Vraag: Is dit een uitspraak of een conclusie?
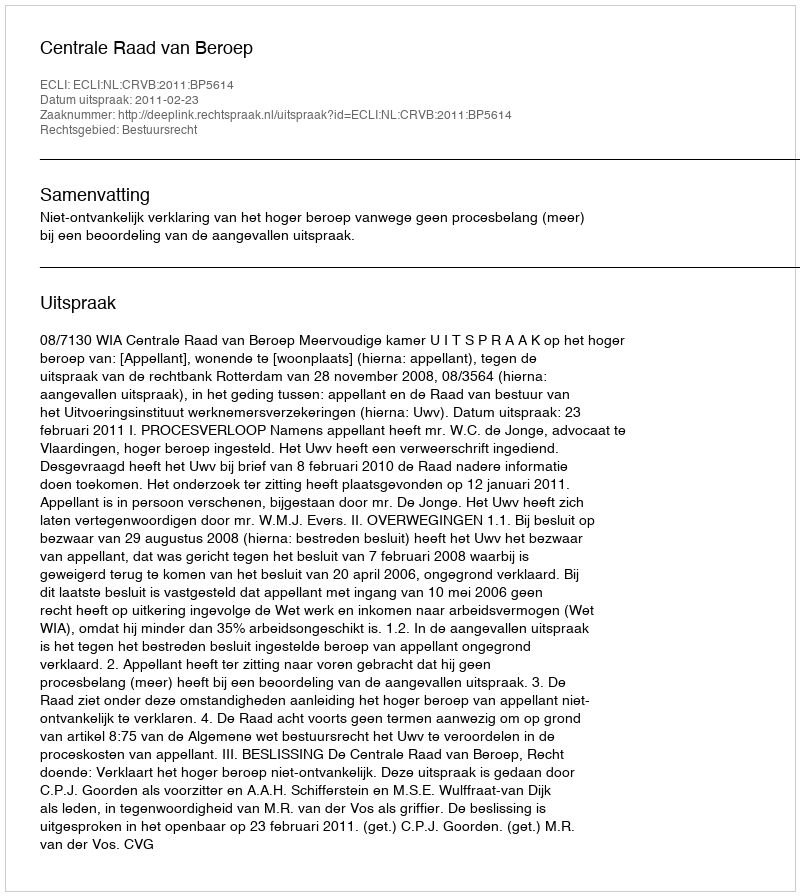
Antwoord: Uitspraak